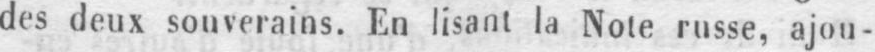
des deux souverains. En lisant la Note russe, ajou-